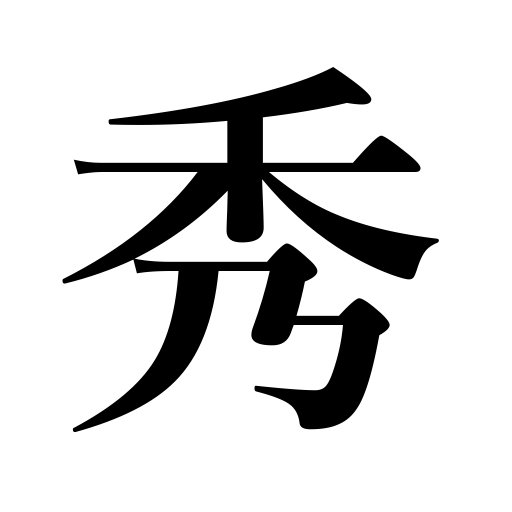
Meanings: surpass,rise to eminence,beauty,excellence,tower above,excel